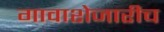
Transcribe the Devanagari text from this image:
गावाशेजारीच